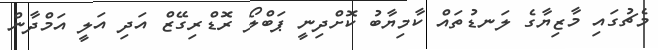
މެޗުގައި މާޒިޔާގެ ލަނޑުތައް ކާމިޔާބު ކޮށްދިނީ ޕަބްލޯ ރޮޑްރިގޭޒް އަދި އަލީ އަމްދާން